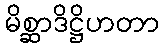
မိစ္ဆာဒိဋ္ဌိဟတာ